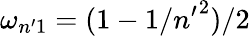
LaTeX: \omega_{n^{\prime}1}=(1-1/{n^{\prime}}^{2})/2